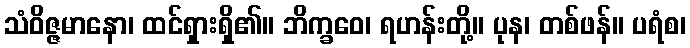
သံဝိဇ္ဇမာနော၊ ထင်ရှားရှိ၏။ ဘိက္ခဝေ၊ ရဟန်းတို့။ ပုန၊ တစ်ဖန်။ ပရံစ၊